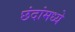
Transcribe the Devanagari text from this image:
छंदांमध्ये